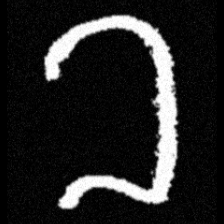
Pyu character \u2014 Myanmar letter: ခ (romanized: kha)